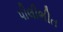
પીલીભીત